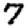
Digit: 7